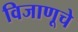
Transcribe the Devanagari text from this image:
विजाणूचे